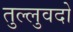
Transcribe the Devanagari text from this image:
तुल्लुवदो